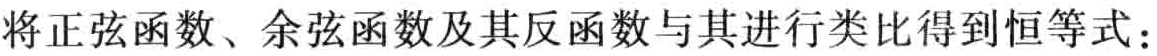
将正弦函数、余弦函数及其反函数与其进行类比得到恒等式：